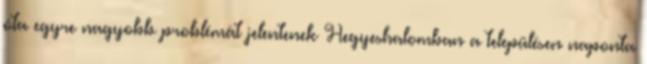
óta egyre nagyobb problémát jelentenek Hegyeshalomban a településen naponta